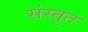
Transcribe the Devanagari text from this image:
संस्‍तुत